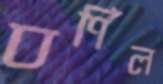
বর্ণিল